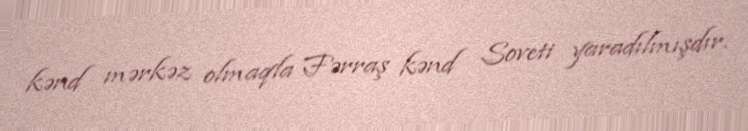
kənd mərkəz olmaqla Fərraş kənd Soveti yaradılmışdır.